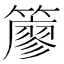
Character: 𥵬